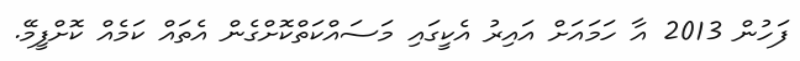
ފަހުން 2013 އާ ހަމައަށް އައިރު އެކީގައި މަސައްކަތްކޮށްގެން އެތައް ކަމެއް ކޮށްފީމޭ.